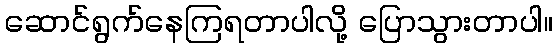
ဆောင်ရွက်နေကြရတာပါလို့ ပြောသွားတာပါ။